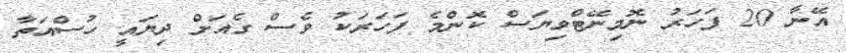
އޭނާ 20 ފަހަރު ނޮމިނޭޓްވިޔަސް ކޮންމެ ފަހަރަކު ވެސް ގެއަށް ދިޔައީ ހުސްއަތާ